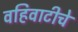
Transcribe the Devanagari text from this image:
वहिवाटीचे